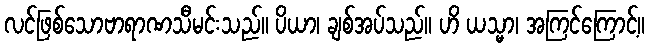
လင်ဖြစ်သောဗာရာဏသီမင်းသည်။ ပိယာ၊ ချစ်အပ်သည်။ ဟိ ယသ္မာ၊ အကြင်ကြောင့်။